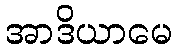
အာဒိယာမေ